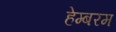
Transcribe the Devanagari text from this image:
हेम्बरम